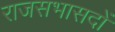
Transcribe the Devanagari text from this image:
राजसभासदों